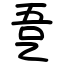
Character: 㐚